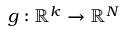
g : \mathbb { R } ^ { k } \to \mathbb { R } ^ { N }